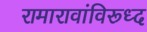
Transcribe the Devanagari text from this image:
रामारावांविरूध्द